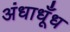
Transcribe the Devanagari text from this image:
अंधाधूँध